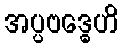
အပ္ပဗဒ္ဓေဟိ